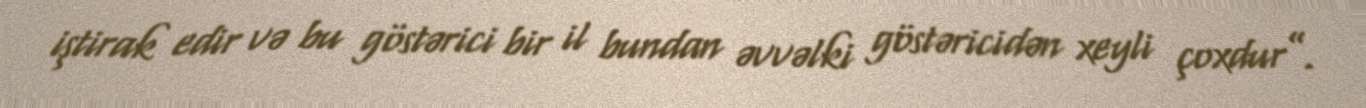
iştirak edir və bu göstərici bir il bundan əvvəlki göstəricidən xeyli çoxdur”.